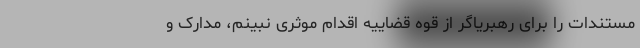
مستندات را برای رهبریاگر از قوه قضاییه اقدام موثری نبینم، مدارک و